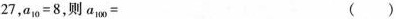
27，a_{10} = 8，则a_{100}=（）